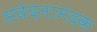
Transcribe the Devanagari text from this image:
संवेदनामंदक